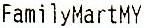
FAMILYMARTMY